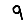
Digit: 9